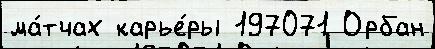
ма́тчах карье́ры 197071 Орбан